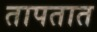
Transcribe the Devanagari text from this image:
तापतात